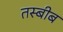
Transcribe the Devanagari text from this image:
तस्बीब